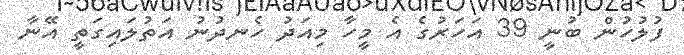
ފުލުހުން ބުނީ 39 އަހަރުގެ އެ މީހާ މިއަދު ހެނދުނު އަތުލައިގަތީ އޭނާ